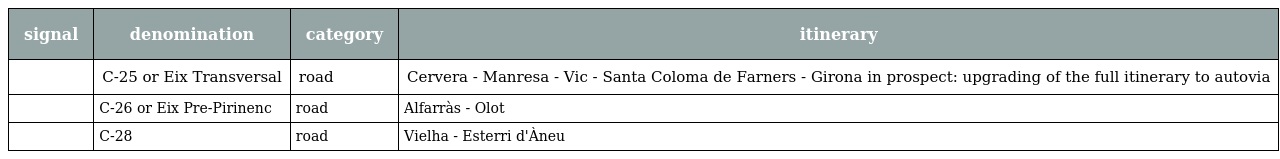
| signal | denomination | category | itinerary |
 | --- | --- | --- | --- |
 |  | C-25 or Eix Transversal | road | Cervera - Manresa - Vic - Santa Coloma de Farners - Girona in prospect: upgrading of the full itinerary to autovia |
 |  | C-26 or Eix Pre-Pirinenc | road | Alfarràs - Olot |
 |  | C-28 | road | Vielha - Esterri d'Àneu |